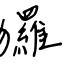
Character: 玀